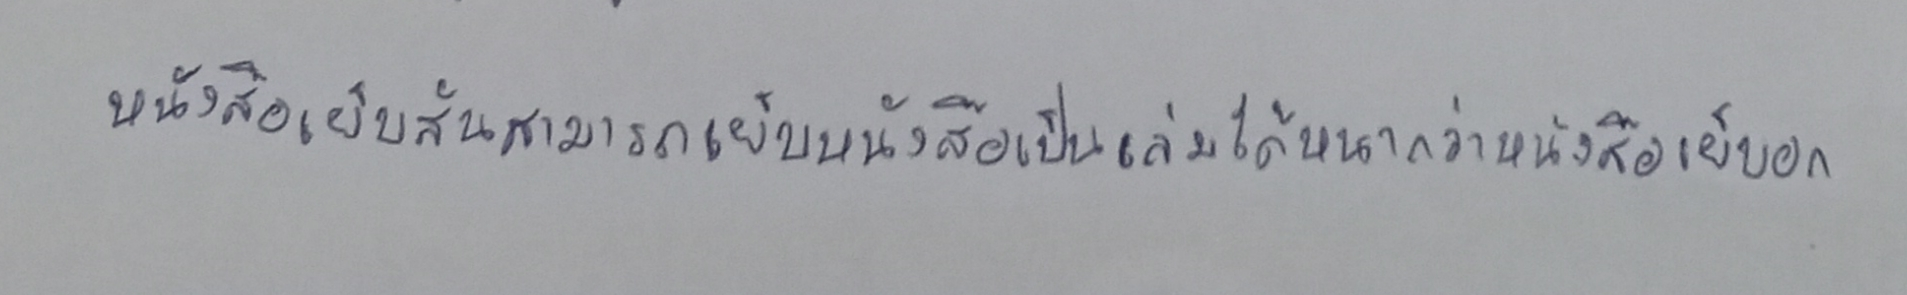
หนังสือเย็บสันสามารถเย็บหนังสือเป็นเล่มได้หนากว่าหนังสือเย็บอก